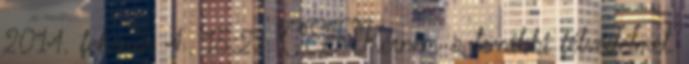
2014. február 4., 15:29 CET Kérném a további félvédelmet.